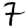
Digit: 7